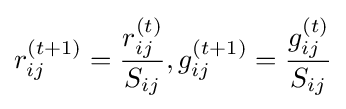
r_{ij}^{(t+1)}={\frac {r_{ij}^{(t)}}{S_{ij}}},g_{ij}^{(t+1)}={\frac {g_{ij}^{(t)}}{S_{ij}}}